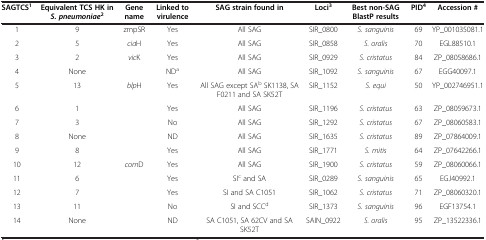
| SAGTCS1 | Equivalent TCS HK in S. pneumoniae2 | Gene name | Linked to virulence | SAG strain found in | Loci3 | Best non-SAG BlastP results | PID4 | Accession # |
 | --- | --- | --- | --- | --- | --- | --- | --- | --- |
 | 1 | 9 | zmpSR | Yes | All SAG | SIR_0800 | S. sanguinis | 69 | YP_001035081.1 |
 | 2 | 5 | ciaH | Yes | All SAG | SIR_0858 | S. oralis | 70 | EGL88510.1 |
 | 3 | 2 | vicK | Yes | All SAG | SIR_0929 | S. cristatus | 84 | ZP_08058686.1 |
 | 4 | None |  | NDa | All SAG | SIR_1092 | S. sanguinis | 67 | EGG40097.1 |
 | 5 | 13 | blpH | Yes | All SAG except SAb SK1138, SA F0211 and SA SK52T | SIR_1152 | S. equi | 50 | YP_002746951.1 |
 | 6 | 1 |  | Yes | All SAG | SIR_1196 | S. cristatus | 63 | ZP_08059673.1 |
 | 7 | 3 |  | No | All SAG | SIR_1292 | S. cristatus | 67 | ZP_08060583.1 |
 | 8 | None |  | ND | All SAG | SIR_1635 | S. cristatus | 89 | ZP_07864009.1 |
 | 9 | 8 |  | Yes | All SAG | SIR_1771 | S. mitis | 64 | ZP_07642266.1 |
 | 10 | 12 | comD | Yes | All SAG | SIR_1900 | S. cristatus | 59 | ZP_08060066.1 |
 | 11 | 6 |  | Yes | SIc and SA | SIR_0289 | S. sanguinis | 65 | EGJ40992.1 |
 | 12 | 7 |  | Yes | SI and SA C1051 | SIR_1062 | S. cristatus | 71 | ZP_08060320.1 |
 | 13 | 11 |  | No | SI and SCCd | SIR_1373 | S. sanguinis | 96 | EGF13754.1 |
 | 14 | None |  | ND | SA C1051, SA 62CV and SA SK52T | SAIN_0922 | S. oralis | 95 | ZP_13522336.1 |